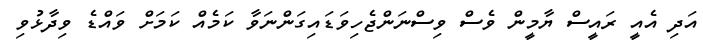
އަދި އެއީ ރައީސް ޔާމީން ވެސް ވިސްނަންޖެހިވަޑައިގަންނަވާ ކަމެއް ކަމަށް ވައްޑެ ވިދާޅުވި